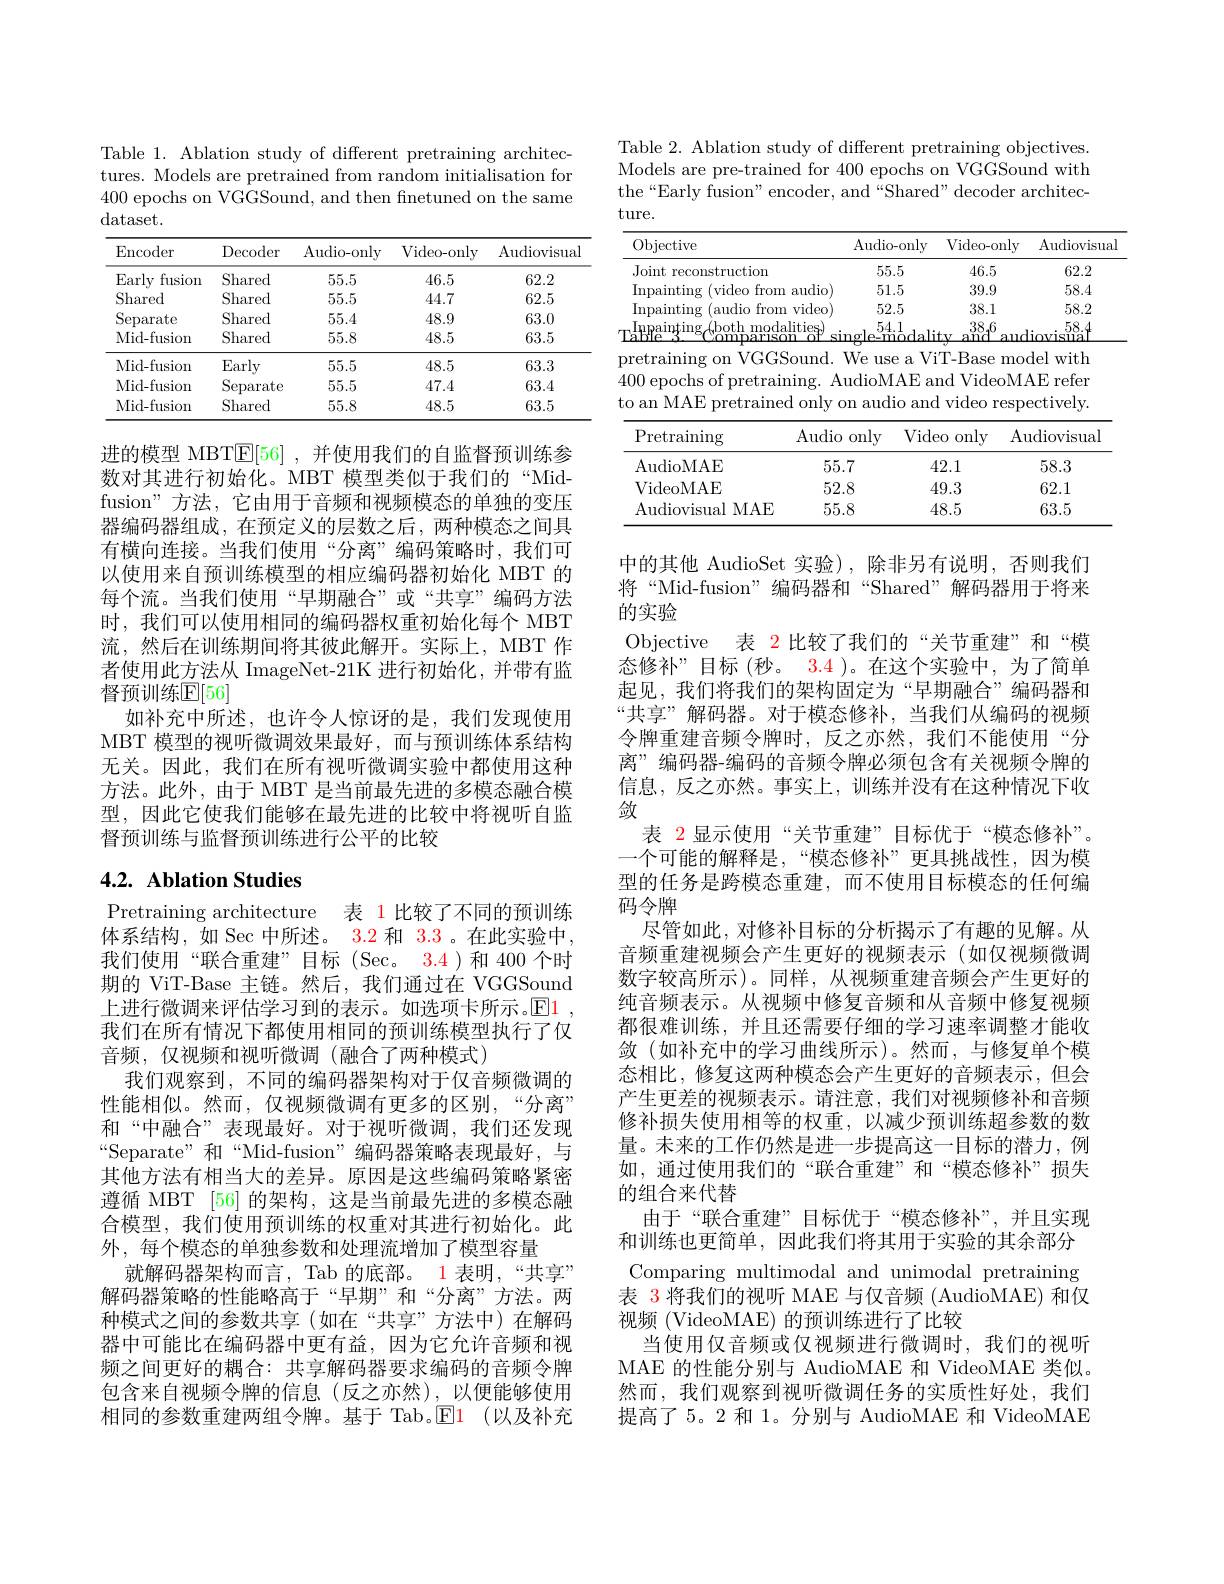
Table 1. Ablation study of different pretraining architectures. Models are pretrained from random initialisation for 400 epochs on VGGSound, and then fnetuned on the same dataset.

<table>
	<tbody>
		<tr>
			<th>Encoder</th>
			<th>$\operatorname{Decoder}$</th>
			<th>Audio- only</th>
			<th>Video- only</th>
			<th>Audiovisua</th>
		</tr>
		<tr>
			<td>Early fusion</td>
			<td>Shared</td>
			<td>55.5</td>
			<td>46.5</td>
			<td>62.2</td>
		</tr>
		<tr>
			<td>Shared</td>
			<td>Shared</td>
			<td>55.5</td>
			<td>44.7</td>
			<td>62.5</td>
		</tr>
		<tr>
			<td>$\operatorname{Separate}$</td>
			<td>Shared</td>
			<td>55.4</td>
			<td>48.9</td>
			<td>63.0</td>
		</tr>
		<tr>
			<td>Mid- fusion</td>
			<td>Shared</td>
			<td>55.8</td>
			<td>48.5</td>
			<td>63.5</td>
		</tr>
		<tr>
			<td>Mid- fusion</td>
			<td>Early</td>
			<td>55.5</td>
			<td>48.5</td>
			<td>63.3</td>
		</tr>
		<tr>
			<td>Mid- fusion</td>
			<td>Separate</td>
			<td>55.5</td>
			<td>47.4</td>
			<td>63.4</td>
		</tr>
		<tr>
			<td>Mid- fusion</td>
			<td>Shared</td>
			<td>55.8</td>
			<td>48.5</td>
			<td>63.5</td>
		</tr>
	</tbody>
</table>

进的模型 MBT$\overline{\mathbb{E}}[56]$ ,并使用我们的自监督预训练参数对其进行初始化。MBT 模型类似于我们的“Midfusion”方法，它由用于音频和视频模态的单独的变压器编码器组成，在预定义的层数之后，两种模态之间具有横向连接。当我们使用“分离”编码策略时，我们可以使用来自预训练模型的相应编码器初始化 MBT 的每个流。当我们使用“早期融合”或“共享”编码方法时，我们可以使用相同的编码器权重初始化每个 MBT 流，然后在训练期间将其彼此解开。实际上，MBT 作者使用此方法从 ImageNet-21K 进行初始化，并带有监督预训练E[56]
如补充中所述，也许令人惊讶的是，我们发现使用MBT 模型的视听微调效果最好，而与预训练体系结构无关。因此，我们在所有视听微调实验中都使用这种方法。此外，由于 MBT 是当前最先进的多模态融合模型，因此它使我们能够在最先进的比较中将视听自监督预训练与监督预训练进行公平的比较

# 4.2. Ablation Studies

表 1 比较了不同的预训练
Pretraining architecture
体系结构，如 Sec 中所述。3.2 和3.3。在此实验中， 我们使用“联合重建”目标(Sec。3.4)和 400个时期的 ViT-Base 主链。然后，我们通过在 VGGSound 上进行微调来评估学习到的表示。如选项卡所示。$\color{red}{\mathrm{E}}\color{blue}{\mathrm{1}}$ 我们在所有情况下都使用相同的预训练模型执行了仅音频，仅视频和视听微调(融合了两种模式)
我们观察到，不同的编码器架构对于仅音频微调的性能相似。然而，仅视频微调有更多的区别，“分离” 和“中融合”表现最好。对于视听微调，我们还发现“Separate”和“Mid-fusion”编码器策略表现最好，与其他方法有相当大的差异。原因是这些编码策略紧密遵循 MBT [56] 的架构，这是当前最先进的多模态融合模型，我们使用预训练的权重对其进行初始化。此外，每个模态的单独参数和处理流增加了模型容量
就解码器架构而言，Tab 的底部。1 表明，“共享” 解码器策略的性能略高于“早期”和“分离”方法。两种模式之间的参数共享(如在“共享”方法中)在解码器中可能比在编码器中更有益，因为它允许音频和视频之间更好的耦合：共享解码器要求编码的音频令牌包含来自视频令牌的信息(反之亦然),以便能够使用相同的参数重建两组令牌。基于 Tab。$\mathbb{E} 1$ (以及补充

Table 2. Ablation study of different pretraining objectives. Models are pre-trained for 400 epochs on VGGSound with the“Early fusion”encoder, and“Shared” decoder architecture.

<table>
	<tbody>
		<tr>
			<th>Objective</th>
			<th> </th>
			<th>${\mathrm{udio-only}}$</th>
			<th>Video-only</th>
			<th>Audiovisua</th>
		</tr>
		<tr>
			<td>Joint reconstruction</td>
			<td> </td>
			<td>55.5</td>
			<td>46.5</td>
			<td>62.2</td>
		</tr>
		<tr>
			<td>Inpainting ${\mathrm{g}}({\mathrm{video}}$ o from</td>
			<td>audio</td>
			<td>51.5</td>
			<td>39.9</td>
			<td>58.4</td>
		</tr>
		<tr>
			<td>$\operatorname{Inpainting}$ (audio from</td>
			<td>video</td>
			<td>52.5</td>
			<td>38.1</td>
			<td>58.2</td>
		</tr>
		<tr>
			<td>$\mathop{\mathrm{Inpain}}_{\mathrm{e}}^{\mathrm{fnpaing}}$ dothmoda moarisc</td>
			<td>$\underset{\text{of}}{\operatorname*{\operatorname*{\operatorname*{alities}}}}$ SIn m</td>
			<td>54.1 le-modali</td>
			<td>$\underline{\mathrm{and}^{38}}$ all 1</td>
			<td>58.4 liovisiua 1 一</td>
		</tr>
		<tr>
			<td>pretraining on ${\mathrm{n}}$VGGS 400 epochs of pretrain ${\mathrm{to~an~MAE~pretraine}}$</td>
			<td>$\operatorname{Sound}.$ $W$ $\operatorname{ning.}$Aud {:}d only c $0n$</td>
			<td>$\iota V$ use a $\operatorname{ioMAE}$ a audio anc</td>
			<td>T- Base m nd VideoM ${\mathrm{l~video~resp}}$</td>
			<td>del with AE refer ectively. </td>
		</tr>
		<tr>
			<td>$\operatorname{pretraining}$ 0n $VGGS$</td>
			<td>Sound. $W$</td>
			<td>$V.$ use a</td>
			<td>T- Base m</td>
			<td>del with</td>
		</tr>
		<tr>
			<td>$\operatorname{Pretraining}$</td>
			<td>Audio 0</td>
			<td>$\iota ly$ $Vid\epsilon$</td>
			<td>9000 $F$ $\angle DE$ 1 1 1</td>
			<td>$\operatorname{diovisual}$</td>
		</tr>
		<tr>
			<td>AudioMAE</td>
			<td>55.7</td>
			<td> </td>
			<td>[2.1</td>
			<td>58.3</td>
		</tr>
		<tr>
			<td>VideoMAE</td>
			<td>52.8</td>
			<td> </td>
			<td>[9.3</td>
			<td>62.1</td>
		</tr>
		<tr>
			<td>Audiovisual I MAE</td>
			<td>55.8</td>
			<td> </td>
			<td>[8.5</td>
			<td>63.5</td>
		</tr>
	</tbody>
</table>

中的其他 AudioSet 实验),除非另有说明，否则我们将“Mid-fusion”编码器和“Shared”解码器用于将来的实验
Objective 表 2 比较了我们的“关节重建”和“模态修补”目标(秒。3.4)。在这个实验中，为了简单起见，我们将我们的架构固定为“早期融合”编码器和“共享”解码器。对于模态修补，当我们从编码的视频令牌重建音频令牌时，反之亦然，我们不能使用“分离” 编码器-编码的音频令牌必须包含有关视频令牌的信息，反之亦然。事实上，训练并没有在这种情况下收敛
表 2 显示使用“关节重建”目标优于“模态修补”。一个可能的解释是，“模态修补”更具挑战性，因为模型的任务是跨模态重建，而不使用目标模态的任何编码令牌
尽管如此，对修补目标的分析揭示了有趣的见解。从音频重建视频会产生更好的视频表示(如仅视频微调数字较高所示)。同样，从视频重建音频会产生更好的纯音频表示。从视频中修复音频和从音频中修复视频都很难训练，并且还需要仔细的学习速率调整才能收敛(如补充中的学习曲线所示)。然而，与修复单个模态相比，修复这两种模态会产生更好的音频表示，但会产生更差的视频表示。请注意，我们对视频修补和音频修补损失使用相等的权重，以减少预训练超参数的数量。未来的工作仍然是进一步提高这一目标的潜力，例如，通过使用我们的“联合重建”和“模态修补”损失的组合来代替
由于“联合重建”目标优于“模态修补”,并且实现和训练也更简单，因此我们将其用于实验的其余部分Comparing multimodal and unimodal pretraining 表 3 将我们的视听 MAE 与仅音频 (AudioMAE) 和仅视频 (VideoMAE) 的预训练进行了比较
当使用仅音频或仅视频进行微调时，我们的视听MAE 的性能分别与 AudioMAE 和 VideoMAE 类似。然而，我们观察到视听微调任务的实质性好处，我们提高了5。2 和 1。分别与 AudioMAE 和 VideoMAE